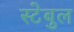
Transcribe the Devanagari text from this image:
स्टेबुल